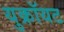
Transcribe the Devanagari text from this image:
युक्रॉयट